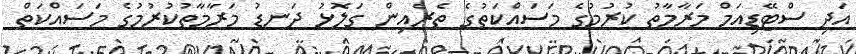
އަދި ސްޓޭޑިއަމް މަރާމާތު ކުރުމުގެ މަސައްކަތުގެ ތެރެއިން ގަލޮޅު ދަނޑު މަރާމާތުކުރުމުގެ މަސައްކަތް